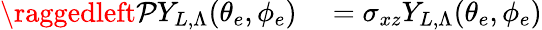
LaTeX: \raggedleft\begin{array}{rl}{\mathcal{P}Y_{L,\Lambda}(\theta_{e},\phi_{e})}&{{}=\sigma_{xz}Y_{L,\Lambda}(\theta_{e},\phi_{e})}\end{array}